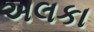
અલકા